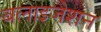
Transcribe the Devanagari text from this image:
बलाइजेशन